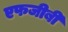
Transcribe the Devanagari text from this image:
एफजीबी